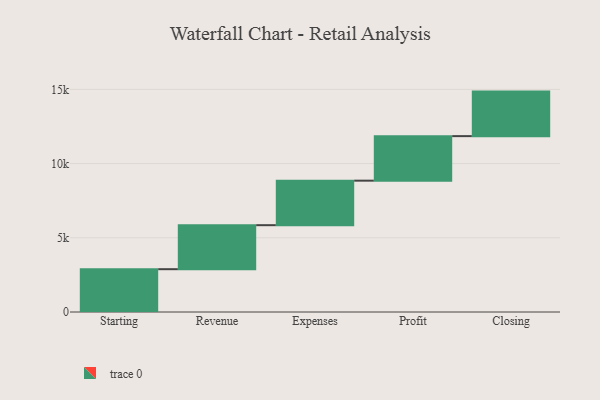
{"axis": {"x": "Step", "y": "Value"}, "legend": [""], "data": [{"x": "Starting", "y": 2884.0, "type": ""}, {"x": "Revenue", "y": 2965.0, "type": ""}, {"x": "Expenses", "y": 3000, "type": ""}, {"x": "Profit", "y": 3000, "type": ""}, {"x": "Closing", "y": 3000, "type": ""}]}